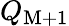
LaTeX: Q_{\mathrm{M}+1}